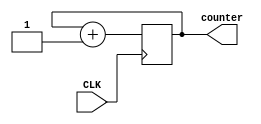
`timescale 1ns / 1ps
//////////////////////////////////////////////////////////////////////////////////
// Company: 
// Engineer: 
// 
// Design Name: 
// Module Name: Gen_Counter
// Project Name: 
// Target Devices: 
// Tool Versions: 
// Description: 
// 
// Dependencies: 
// 
// Revision:
// Revision 0.01 - File Created
// Additional Comments:
// 
//////////////////////////////////////////////////////////////////////////////////

module Gen_Counter(
    input CLK,
    output reg [1:0] counter
    );
    initial begin
        counter <= 0;
    end
    always@(posedge CLK) begin
        counter <= counter + 1;
    end
endmodule